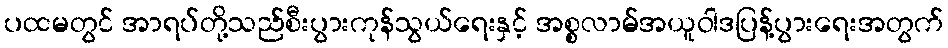
ပထမတွင် အာရပ်တို့သည်စီးပွားကုန်သွယ်ရေးနှင့် အစ္စလာမ်အယူဝါဒပြန့်ပွားရေးအတွက်